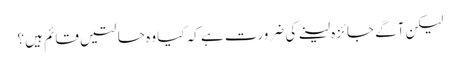
لیکن آگے جائزہ لینے کی ضرورت ہے کہ کیا وہ حالتیں قائم ہیں؟